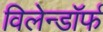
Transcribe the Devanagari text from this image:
विलेन्डॉर्फ